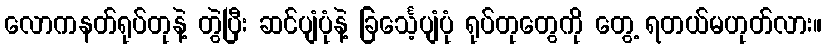
လောကနတ်ရုပ်တုနဲ့ တွဲပြီး ဆင်ပျံပုံနဲ့ ခြင်္သေ့ပျံပုံ ရုပ်တုတွေကို တွေ့ ရတယ်မဟုတ်လား။